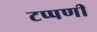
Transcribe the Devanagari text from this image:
टप्पणी